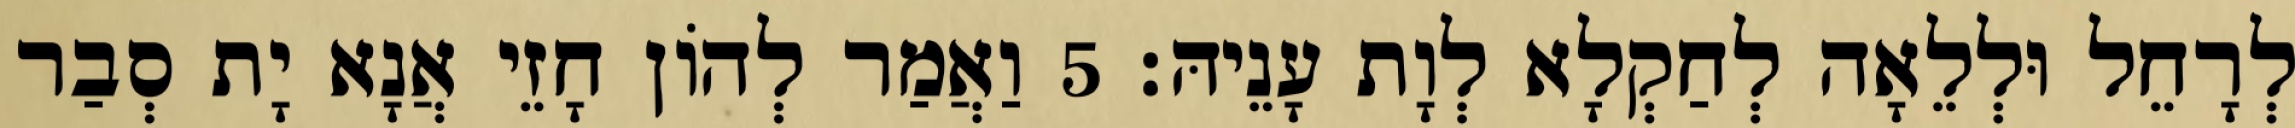
לְרָחֵל וּלְלֵאָה לְחַקְלָא לְוָת עָנֵיהּ׃ 5 וַאֲמַר לְהוֹן חָזֵי אֲנָא יָת סְבַר